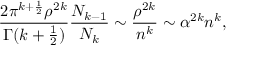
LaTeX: \frac { 2 \pi ^ { k + \frac { 1 } { 2 } } \rho ^ { 2 k } } { \Gamma ( k + \frac { 1 } { 2 } ) } \frac { N _ { k - 1 } } { N _ { k } } \sim \frac { \rho ^ { 2 k } } { n ^ { k } } \sim \alpha ^ { 2 k } n ^ { k } ,